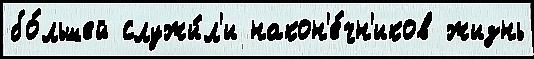
бо́льшей служи́л'и након'е́чн'иков жизнь